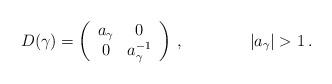
LaTeX: \begin{align*}D(\gamma)=\left(\begin{array}{cc}a_{\gamma}&0\\0&a_{\gamma}^{-1} \end{array}\right) \:,\qquad\qquad|a_{\gamma}|>1 \:.\end{align*}